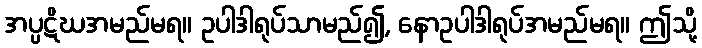
အပ္ပဋိဃအမည်မရ။ ဥပါဒါရုပ်သာမည်၍, နောဥပါဒါရုပ်အမည်မရ။ ဤသို့